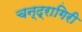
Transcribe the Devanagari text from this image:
चन्द्रागिरी